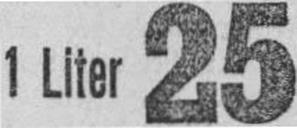
1 Liter 25